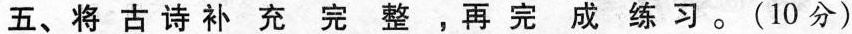
五、将古诗补充完整，再完成练习。(10分)